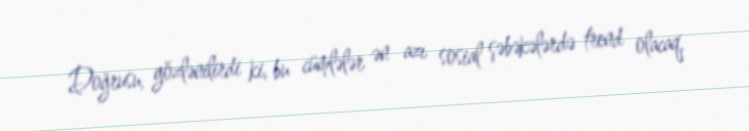
Doğrusu, gözlənilirdi ki, bu cümlələr ən azı sosial şəbəkələrdə trend olacaq,